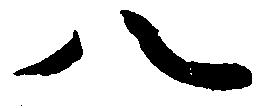
八